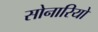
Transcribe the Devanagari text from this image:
सोनारियो